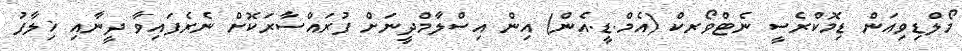
މޯލްޑިވިއަން ޑިމޮކްރެސީ ނެޓްވޯރކް (އެމް.ޑީ.އެން) އިން އިސްލާމްދީނަށް ފުރައްސާރަކޮށް ނެރެފައިވާ ދީނާއި ޚިލާފު